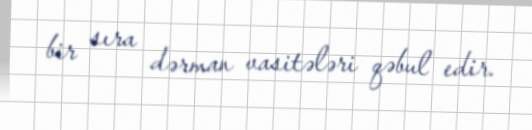
bir sıra dərman vasitələri qəbul edir.